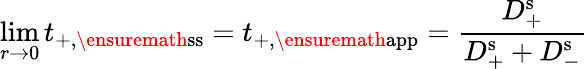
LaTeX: \operatorname*{lim}_{r\rightarrow 0}t_{+,\ensuremath{\mathrm{ss}}}=t_{+,\ensuremath{\mathrm{app}}}=\frac{D_{+}^{\mathrm{s}}}{D_{+}^{\mathrm{s}}+D_{-}^{\mathrm{s}}}